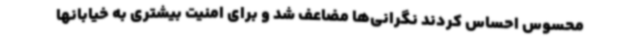
محسوس احساس کردند نگرانی‌ها مضاعف شد و برای امنیت بیشتری به خیابانها